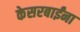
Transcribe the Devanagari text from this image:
केसरबाईंना